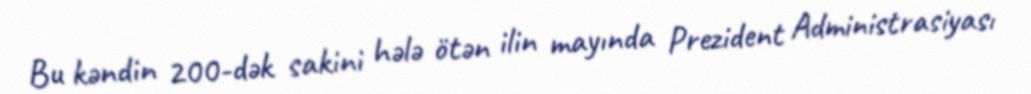
Bu kəndin 200-dək sakini hələ ötən ilin mayında Prezident Administrasiyası